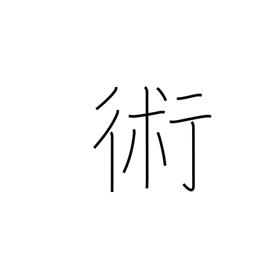
Meaning: art